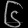
Digit: ၆